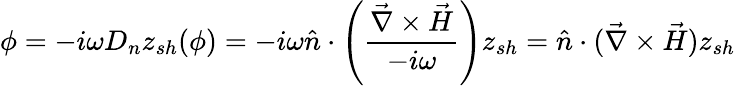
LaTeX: \phi=-i\omega D_{n}z_{sh}(\phi)=-i\omega\hat{n}\cdot\left(\frac{\vec{\nabla}\times\vec{H}}{-i\omega}\right)z_{sh}=\hat{n}\cdot(\vec{\nabla}\times\vec{H})z_{sh}